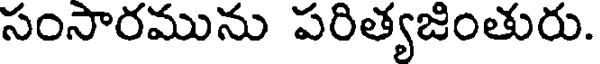
సంసారమును పరిత్యజింతురు.